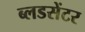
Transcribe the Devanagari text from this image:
ब्लडसेंटर